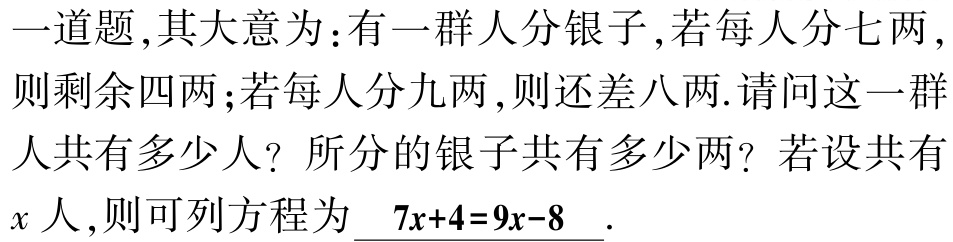
一道题,其大意为:有一群人分银子,若每人分七两,则剩余四两;若每人分九两,则还差八两.请问这一群人共有多少人？所分的银子共有多少两？若设共有\(x\)人,则可列方程为\(7x + 4 = 9x - 8\).